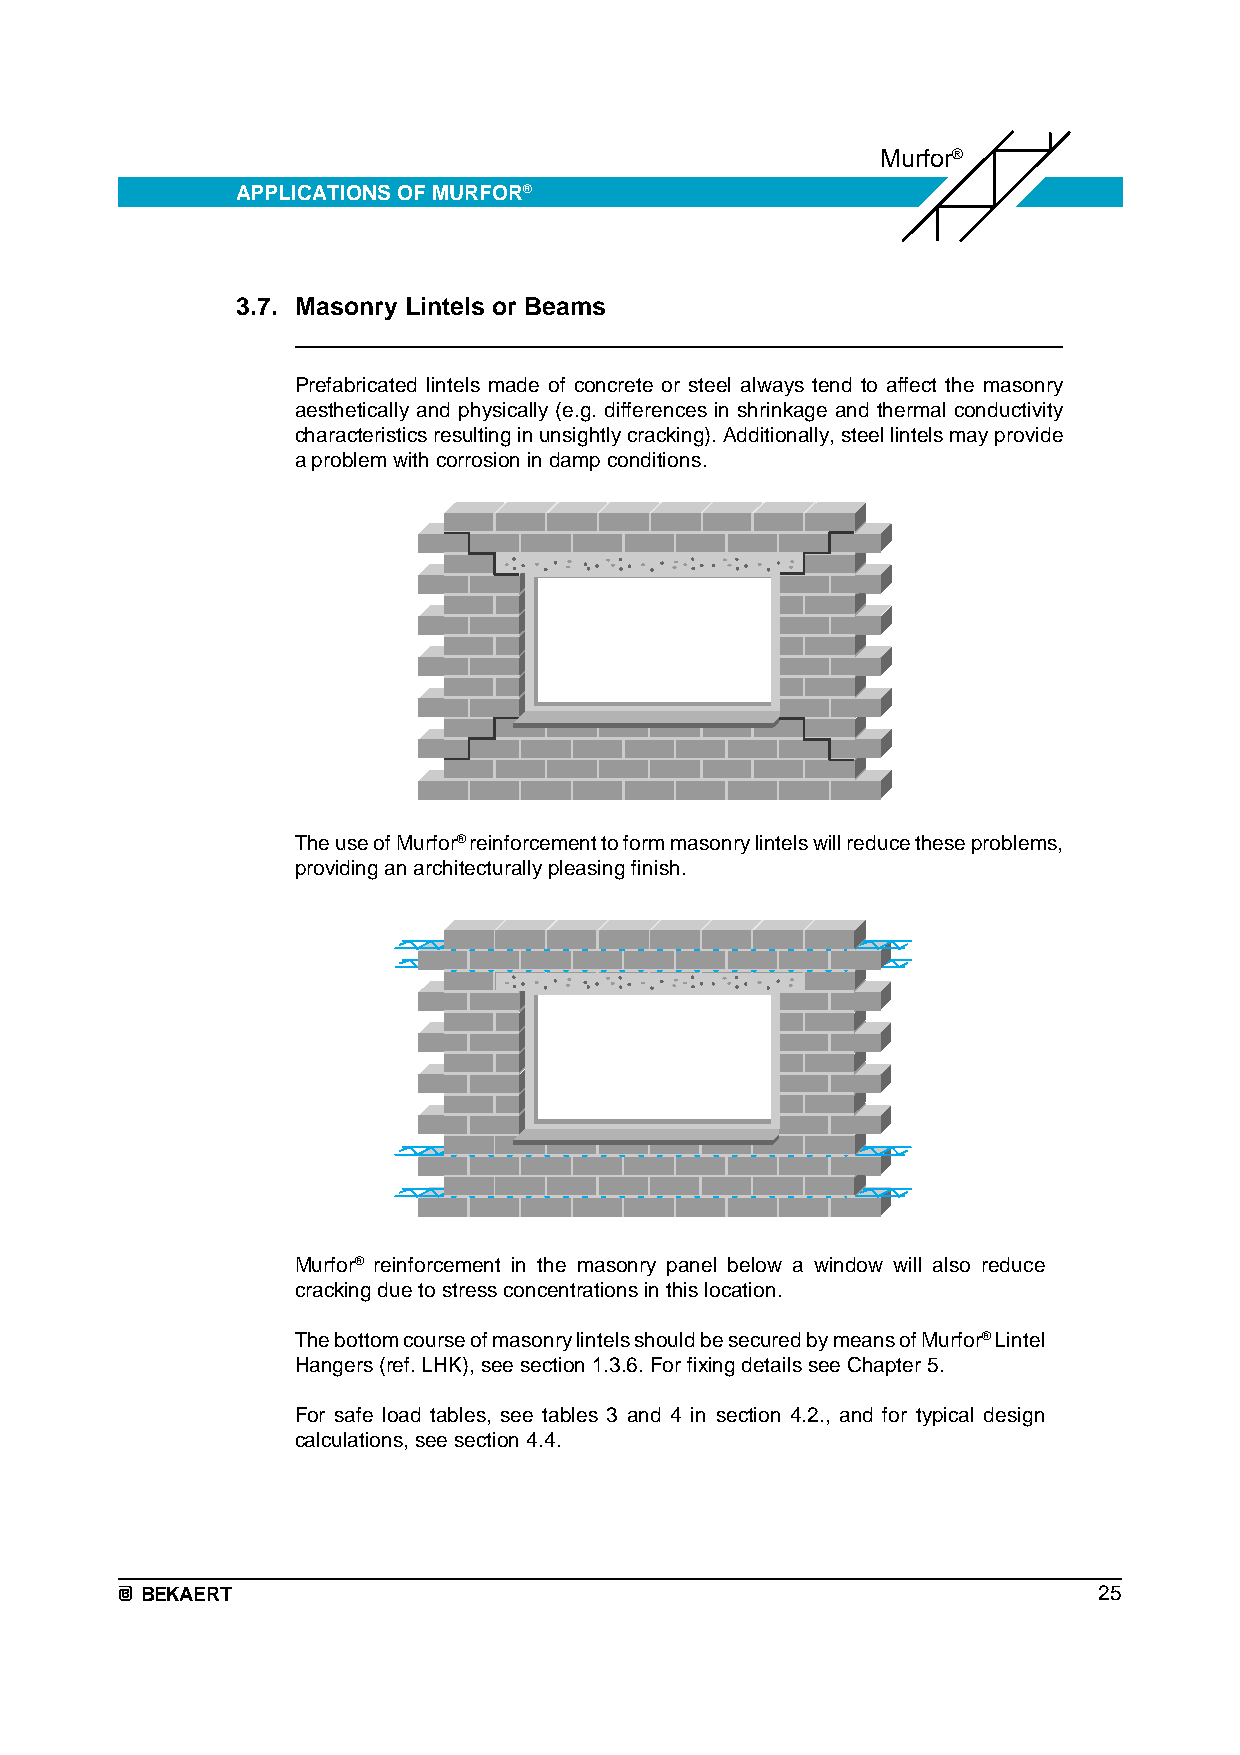
Murfor®
 APPLICATIONS OF MURFOR®
 3.7. Masonry Lintels or Beams
 Prefabricated lintels made of concrete or steel always tend to affect the masonry
 aesthetically and physically (e.g. differences in shrinkage and thermal conductivity
 characteristics resulting in unsightly cracking). Additionally, steel lintels may provide
 a problem with corrosion in damp conditions.
 The use of Murfor® reinforcement to form masonry lintels will reduce these problems,
 providing an architecturally pleasing finish.
 Murfor® reinforcement in the masonry panel below a window will also reduce
 cracking due to stress concentrations in this location.
 The bottom course of masonry lintels should be secured by means of Murfor® Lintel
 Hangers (ref. LHK), see section 1.3.6. For fixing details see Chapter 5.
 For safe load tables, see tables 3 and 4 in section 4.2., and for typical design
 calculations, see section 4.4.
 BEKAERT                                                         25